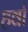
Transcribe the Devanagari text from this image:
हर्वा